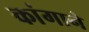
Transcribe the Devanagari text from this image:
कांगाने